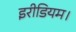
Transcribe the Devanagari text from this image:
इरीडियम।